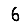
Digit: 6